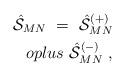
LaTeX: \begin{align*}{\hat {\cal S}}_{MN} \ =\ {\hat {\cal S}}^{(+)}_{MN} \\oplus \ {\hat {\cal S}}^{(-)}_{MN} \ ,\end{align*}